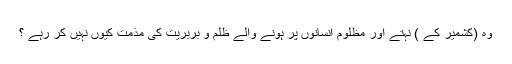
وہ (کشمیر کے ) نہتے اور مظلوم انسانوں پر ہونے والے ظلم و بربریت کی مذمت کیوں نہیں کر رہے ؟